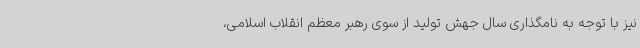
نیز با توجه به نامگذاری سال جهش تولید از سوی رهبر معظم انقلاب اسلامی،